Lunatic asylums Central Provinces reports 1895-1909 - 1895-1909
Year: 1895
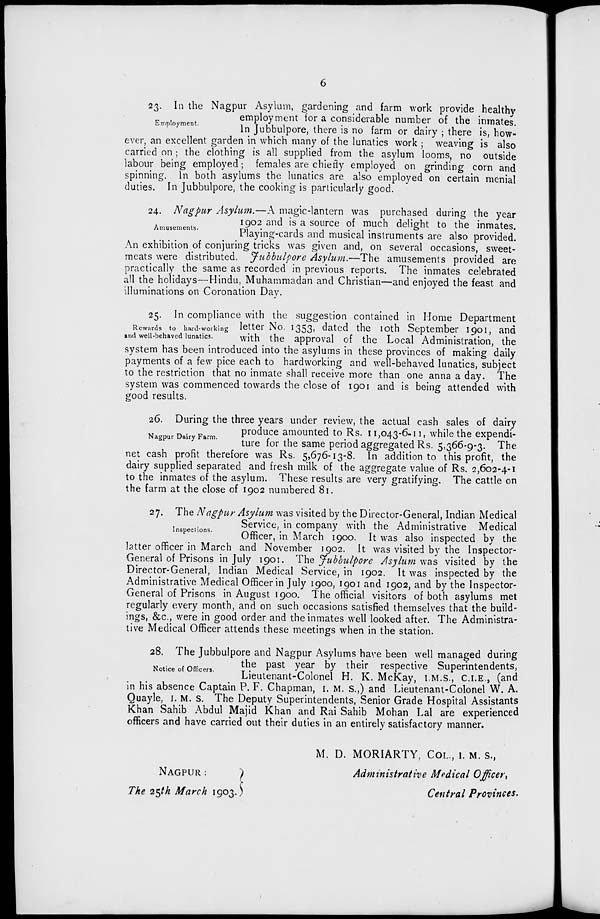
6
Employment.
23. In the Nagpur Asylum, gardening and farm work provide healthy
employment for a considerable number of the inmates.
in Jubbulpore, there is no farm or dairy ; there is, how-
ever, an excellent garden in which many of the lunatics work ; weaving is also
carried on; the clothing is all supplied from the asylum looms, no outside
labour being employed; females are chiefly employed on grinding corn and
spinning. In both asylums the lunatics are also employed on certain menial
duties. In Jubbulpore, the cooking is particularly good.
Amusements.
24. Nagpur Asylum.—A magic-lantern was purchased during the year
1902 and is a source of much delight to the inmates.
Playing-cards and musical instruments are also provided.
An exhibition of conjuring tricks was given and, on several occasions, sweet-
meats were distributed. Jubbulpore Asylum.—The amusements provided are
practically the same as recorded in previous reports. The inmates celebrated
all the holidays—Hindu, Muhammadan and Christian—and enjoyed the feast and
illuminations on Coronation Day.
Rewards to hard-working
and well-behaved lunatics.
25. In compliance with the suggestion contained in Home Department
letter No. 1353, dated the 10th September 1901, and
with the approval of the Local Administration, the
system has been introduced into the asylums in these provinces of making daily
payments of a few pice each to hardworking and well-behaved lunatics, subject
to the restriction that no inmate shall receive more than one anna a day. The
system was commenced towards the close of 1901 and is being attended with
good results.
Nagpur Dairy Farm.
26. During the three years under review, the actual cash sales of dairy
produce amounted to Rs. 11,043-6-11, while the expendi-
ture for the same period aggregated Rs. 5,366-9-3. The
net cash profit therefore was Rs. 5,676-13-8. In addition to this profit, the
dairy supplied separated and fresh milk of the aggregate value of Rs. 2,602-4-1
to the inmates of the asylum. These results are very gratifying. The cattle on
the farm at the close of 1902 numbered 81.
Inspections.
27. The Nagpur Asylum was visited by the Director-General, Indian Medical
Service, in company with the Administrative Medical
Officer, in March 1900. It was also inspected by the
latter officer in March and November 1902. It was visited by the Inspector-
General of Prisons in July 1901. The Jubbulpore Asylum was visited by the
Director-General, Indian Medical Service, in 1902. It was inspected by the
Administrative Medical Officer in July 1900, 1901 and 1902, and by the Inspector-
General of Prisons in August 1900. The official visitors of both asylums met
regularly every month, and on such occasions satisfied themselves that the build-
ings, &c., were in good order and the inmates well looked after. The Administra-
tive Medical Officer attends these meetings when in the station.
Notice of Officers.
28. The Jubbulpore and Nagpur Asylums have been well managed during
the past year by their respective Superintendents,
Lieutenant-Colonel H. K. McKay, I.M.S., C.I.E., (and
in his absence Captain P. F. Chapman, I. M. S.,) and Lieutenant-Colonel W. A.
Quayle, I. M. S. The Deputy Superintendents, Senior Grade Hospital Assistants
Khan Sahib Abdul Majid Khan and Rai Sahib Mohan Lal are experienced
officers and have carried out their duties in an entirely satisfactory manner.
NAGPUR:
The 25th March 1903.
M. D. MORIARTY, COL., I. M. S.,
Administrative Medical Officer,
Central Provinces.